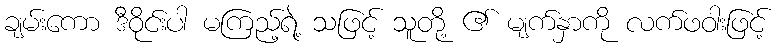
ချမ်းကော ဒီဝိုင်းပါ မကြည့်ရဲ့ သဖြင့် သူတို့ ၏ မျက်နှာကို လက်ဖဝါးဖြင့်